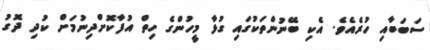
ސަބަބާއި ހުރެއެވެ. އެކި ބޭނުންތަކުގައި ގުޅާ މީހުންގެ ހިތް އުފާކޮށްދިނުމަށް ކުދި ދޮގު